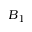
B _ { 1 }